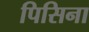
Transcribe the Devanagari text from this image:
पिसिना